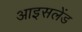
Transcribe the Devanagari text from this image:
आइसलेंड